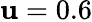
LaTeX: \mathbf{u}=0.6